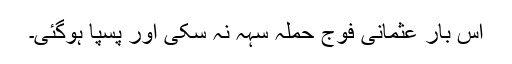
اس بار عثمانی فوج حملہ سہہ نہ سکی اور پسپا ہوگئی۔